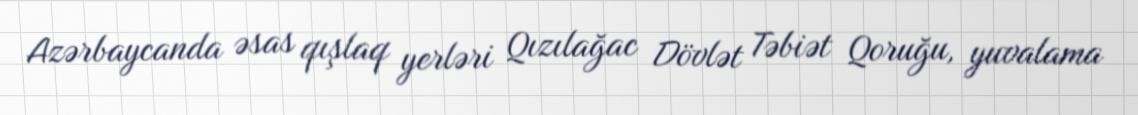
Azərbaycanda əsas qışlaq yerləri Qızılağac Dövlət Təbiət Qoruğu, yuvalama